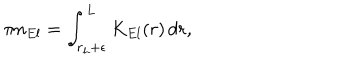
LaTeX: \pi n _ { E l } = \int _ { r _ { h } + \epsilon } ^ { L } K _ { E l } ( r ) \, d r ,